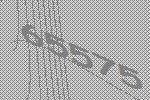
65575